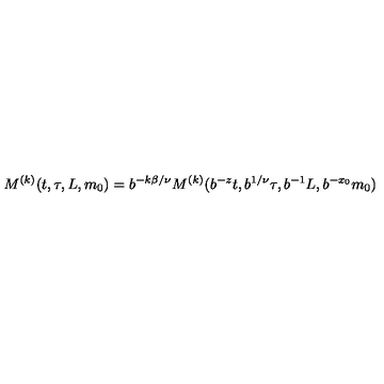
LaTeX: M ^ { ( k ) } ( t , \tau , L , m _ { 0 } ) = b ^ { - k \beta / \nu } M ^ { ( k ) } ( b ^ { - z } t , b ^ { 1 / \nu } \tau , b ^ { - 1 } L , b ^ { - x _ { 0 } } m _ { 0 } )